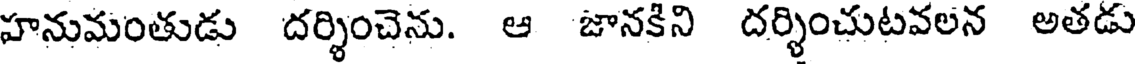
హనుమంతుడు దర్శించెను. ఆ జానకిని దర్శించుటవలన అతడు